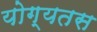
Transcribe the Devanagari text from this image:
योग्यतस